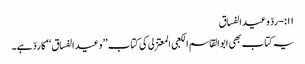
۱۱:-ردّ وعید الفساق
یہ کتاب بھی ابوالقاسم الکعبی المعتزلی کی کتاب ’’وعید الفساق‘‘ کا ردّ ہے۔